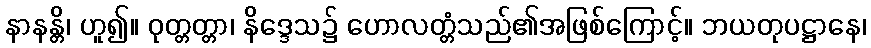
နာနန္တိ၊ ဟူ၍။ ဝုတ္တတ္တာ၊ နိဒ္ဒေသ၌ ဟောလတ္တံသည်၏အဖြစ်ကြောင့်။ ဘယတုပဋ္ဌာနေ၊